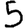
Digit: 5